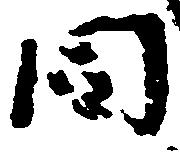
同